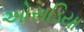
ઓસડિયા